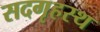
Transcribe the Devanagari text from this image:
सदगृहस्थ